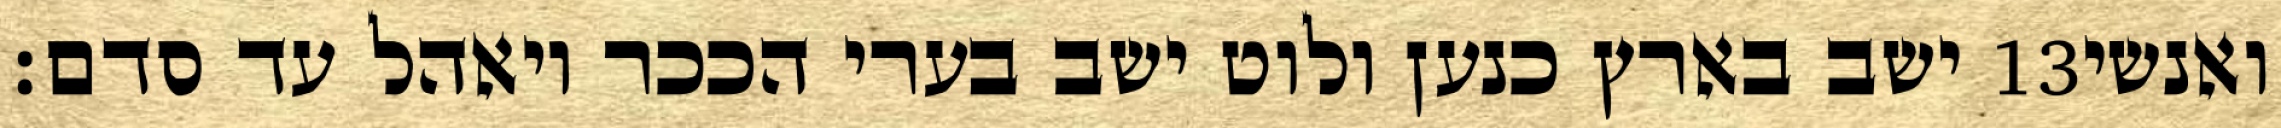
ישב בארץ כנען ולוט ישב בערי הככר ויאהל עד סדם׃ ‎13‏ ואנשי